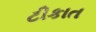
ટીકાત